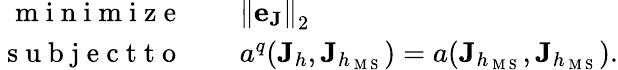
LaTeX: \begin{array}{r}{\begin{array}{rl}{\mathrm{~m~i~n~i~m~i~z~e~}\quad}&{{\| \mathbf{e}_{\mathbf{J}}\| }_{2}}\\ {\mathrm{~s~u~b~j~e~c~t~t~o~}\quad}&{a^{q}(\mathbf{J}_{h},\mathbf{J}_{h_{\mathrm{~M~S~}}})=a(\mathbf{J}_{h_{\mathrm{~M~S~}}},\mathbf{J}_{h_{\mathrm{~M~S~}}}).}\end{array}}\end{array}